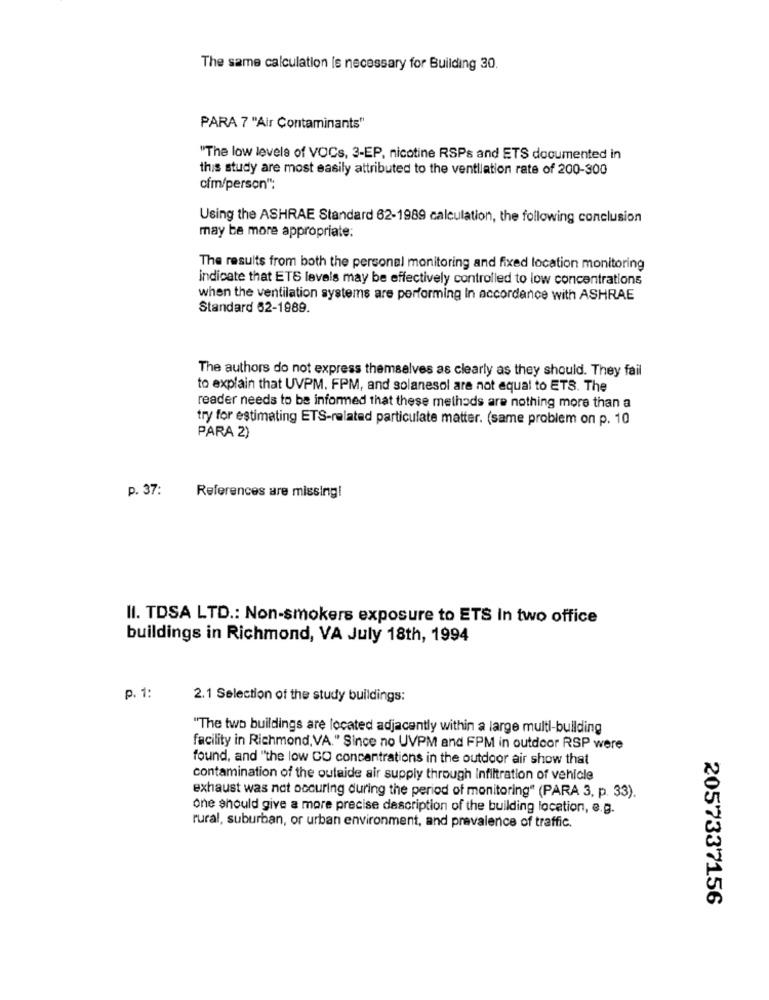
The same calculation is necessary for Building 30.
PARA 7 "Air Contaminants"
"The low levels of VOCs, 3-EP, nicotine RSPs and ETS documented in
this study are most easily attributed to the ventliation rate of 200-300
ofm/person":
Using the ASHRAE Standard 62-1989 calculation, the following conclusion
may be more appropriate:
The results from both the personal monitoring and fixed location monitoring
indicate that ETS levels may be effectively controlled to low concentrations
when the ventilation systems are performing In accordance with ASHRAE
Standard 62-1989.
The authors do not express themselves as clearly as they should. They fail
to explain that UVPM. FPM, and solanesol are not equal to ETS. The
reader needs to be informed that these methods are nothing more than a
try for estimating ETS-related particulate matter. (same problem on p. 10
PARA 2)
p. 37:
References are missing!
II. TDSA LTD .: Non-smokers exposure to ETS In two office
buildings in Richmond, VA July 18th, 1994
p. 1:
2.1 Selection of the study buildings:
"The two buildings are located adjacently within a large multi-building
facility in Richmond, VA." Since no UVPM and FPM in outdoor RSP were
found, and "the low CO concentrations in the outdoor air show that
contamination of the outside air supply through infiltration of vehicle
exhaust was not occuring during the period of monitoring" (PARA 3, p. 33).
one should give a more precise description of the building location, e.g.
rural, suburban, or urban environment, and prevalence of traffic.
2057337156